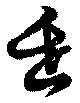
缶